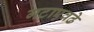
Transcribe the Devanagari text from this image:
गटाएवढे